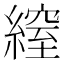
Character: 𦄔